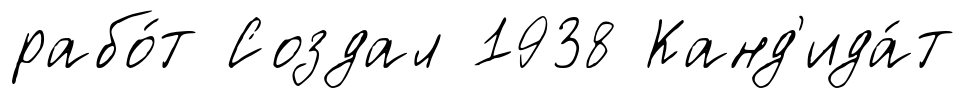
рабо́т Создал 1938 Канд'ида́т